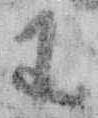
わ